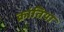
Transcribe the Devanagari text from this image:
क्रांतिया